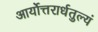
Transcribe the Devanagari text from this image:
आर्योत्तरार्धतुल्यं